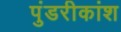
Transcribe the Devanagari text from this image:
पुंडरीकांश